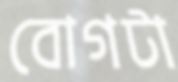
বোগটা